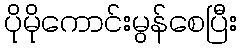
ပိုမိုကောင်းမွန်စေပြီး